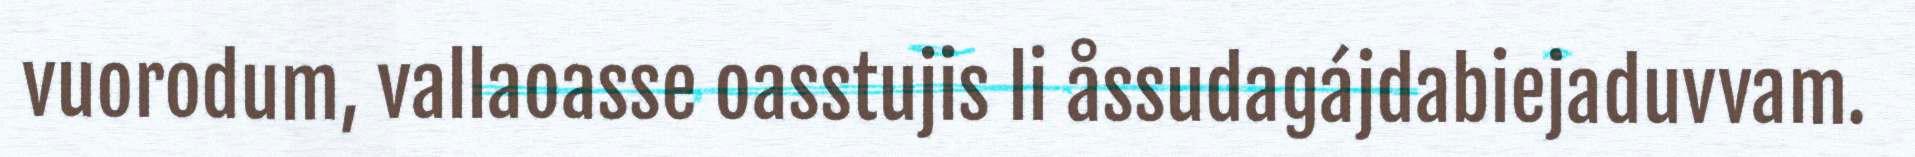
vuorodum, vallaoasse oasstujis li åssudagájdabiejaduvvam.